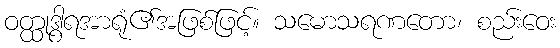
ဝတ္ထုဒွါရအာရုံ၏အဖြစ်ဖြင့်။ သမောသရဏတော၊ စည်းဝေး